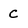
Character: C